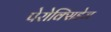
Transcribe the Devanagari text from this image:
पेरोक्सिडेज